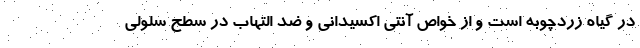
در گیاه زردچوبه است و از خواص آنتی اکسیدانی و ضد التهاب در سطح سلولی